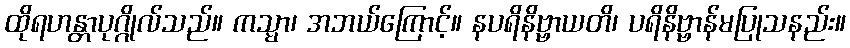
ထိုရဟန္တာပုဂ္ဂိုလ်သည်။ ကသ္မာ၊ အဘယ်ကြောင့်။ နပရိနိဗ္ဗာယတိ၊ ပရိနိဗ္ဗာန်မပြုသနည်း။